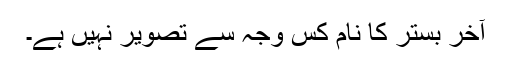
آخر بستر کا نام کس وجہ سے تصویر نہیں ہے۔